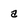
Character: a